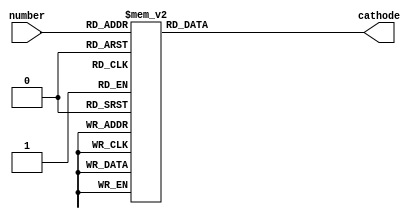
`timescale 1ns / 1ps
//////////////////////////////////////////////////////////////////////////////////
// Company: 
// Engineer: 
// 
// Design Name: 
// Module Name: decoder
// Project Name: 
// Target Devices: 
// Tool Versions: 
// Description: 
// 
// Dependencies: 
// 
// Revision:
// Revision 0.01 - File Created
// Additional Comments:
// 
//////////////////////////////////////////////////////////////////////////////////


module decoder(
        input [3:0] number,
        output reg [6:0] cathode
    );
    
    initial begin
        cathode = 7'b0000001;
    end
    
    always @(number)
    begin
        case(number)
            0:cathode<=7'b1000000;
            1:cathode<=7'b1111001;
            2:cathode<=7'b0100100;
            3:cathode<=7'b0110000;
            4:cathode<=7'b0011001;
            5:cathode<=7'b0010010;
            6:cathode<=7'b0000010;
            7:cathode<=7'b1111000;
            8:cathode<=7'b0000000;
            9: cathode<=7'b0011000;
            //10:cathode<=7'b0001000;
           // 11:cathode<=7'b1100000;
           // 12:cathode<=7'b0110001;
            //13:cathode<=7'b1000010;
           // 14:cathode<=7'b0110000;
           // 15:cathode<=7'b0111000;
            default: cathode<=7'b1000000;
        endcase
    end
    
endmodule